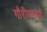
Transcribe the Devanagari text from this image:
गौरीगनाओं